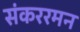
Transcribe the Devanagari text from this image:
संकररमन